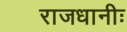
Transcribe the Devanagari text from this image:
राजधानीः